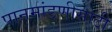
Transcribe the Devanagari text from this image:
पानमांडणीसाठी